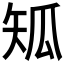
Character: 𤫴